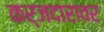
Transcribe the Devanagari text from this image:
कर्जदारावर